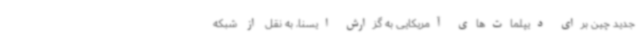
جدید چین برای دیپلمات‌های آمریکایی به گزارش ایسنا، به نقل از شبکه